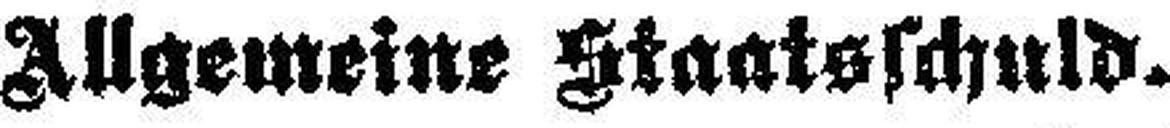
Allgemeine Staatsschuld.